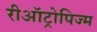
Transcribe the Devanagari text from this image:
रीऑट्रोपिज्म